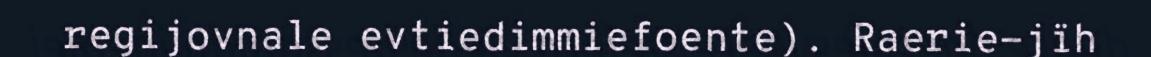
regijovnale evtiedimmiefoente). Raerie-jïh